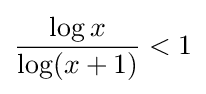
{\frac {\log x}{\log(x+1)}}<1